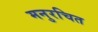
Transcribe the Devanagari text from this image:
मनुरचित